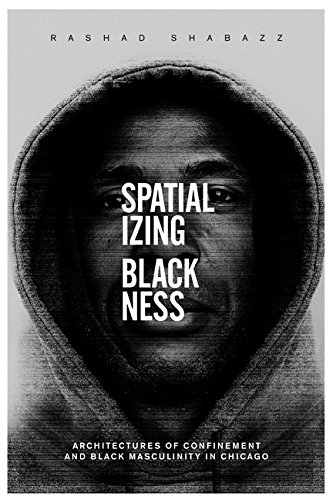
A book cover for Spatializing Blackness: Architectures of Confinement and Black Masculinity in Chicago (New Black Studies Series); Rashad Shabazz; Politics & Social Sciences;